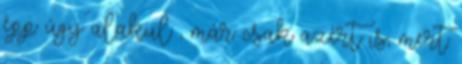
épp úgy alakul , már csak azért is, mert